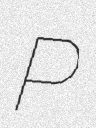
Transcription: P